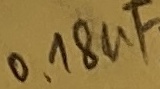
Text: 0,18µF